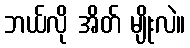
ဘယ်လို အိတ် မျိုးလဲ။